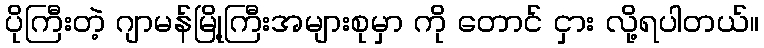
ပိုကြီးတဲ့ ဂျာမန်မြို့ကြီးအများစုမှာ ကို တောင် ငှား လို့ရပါတယ်။